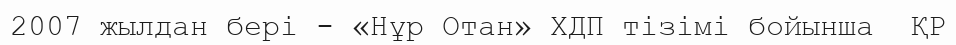
2007 жылдан бері - «Нұр Отан» ХДП тізімі бойынша  ҚР